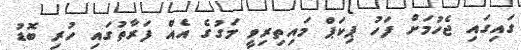
ގައިގައި ޖެހުމަށް ފަހު ޕިކަޕް މައިތިރިވީ މަގުގެ އެއް ފަރާތުގައި ހުރި ބޮޑު